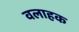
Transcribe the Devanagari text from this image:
वलाहक